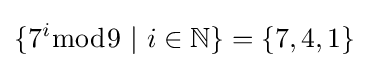
\{7^{i}{\bmod {9}}\ |\ i\in \mathbb {N} \}=\{7,4,1\}